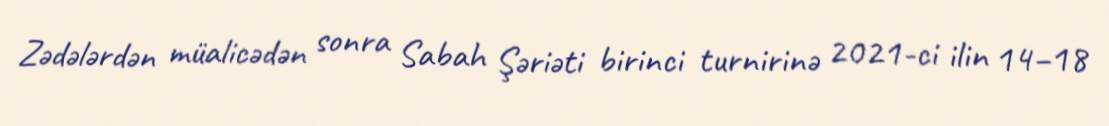
Zədələrdən müalicədən sonra Sabah Şəriəti birinci turnirinə 2021-ci ilin 14–18